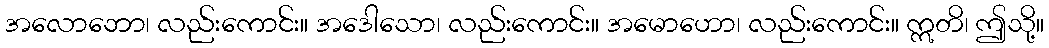
အလောဘော၊ လည်းကောင်း။ အဒေါသော၊ လည်းကောင်း။ အမောဟော၊ လည်းကောင်း။ ဣတိ၊ ဤသို့။